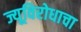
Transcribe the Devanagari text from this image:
ज्यूविरोधाचा